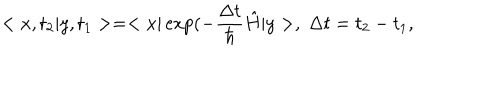
< x , t _ { 2 } | y , t _ { 1 } > = < x | \exp ( - \frac { \Delta t } { \hbar } \hat { H } | y > , \; \Delta t = t _ { 2 } - t _ { 1 } ,